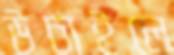
উচাইলে